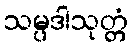
သမ္ပဒါသုတ္တံ